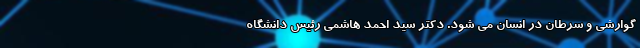
گوارشی و سرطان در انسان می ‌شود. دکتر سید احمد هاشمی رئیس دانشگاه